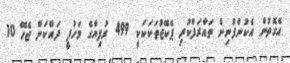
އެގޮތުން އެކުންފުނިން ތައާރަފްކުރި ޕެކޭޖުތަކަކަކީ 499 ރުފިޔާގެ މަހުފީ ދައްކަން ޖެހޭ 10